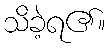
သိခဲ့ရ၏။